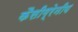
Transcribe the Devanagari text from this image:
कैसीग्रेनीय